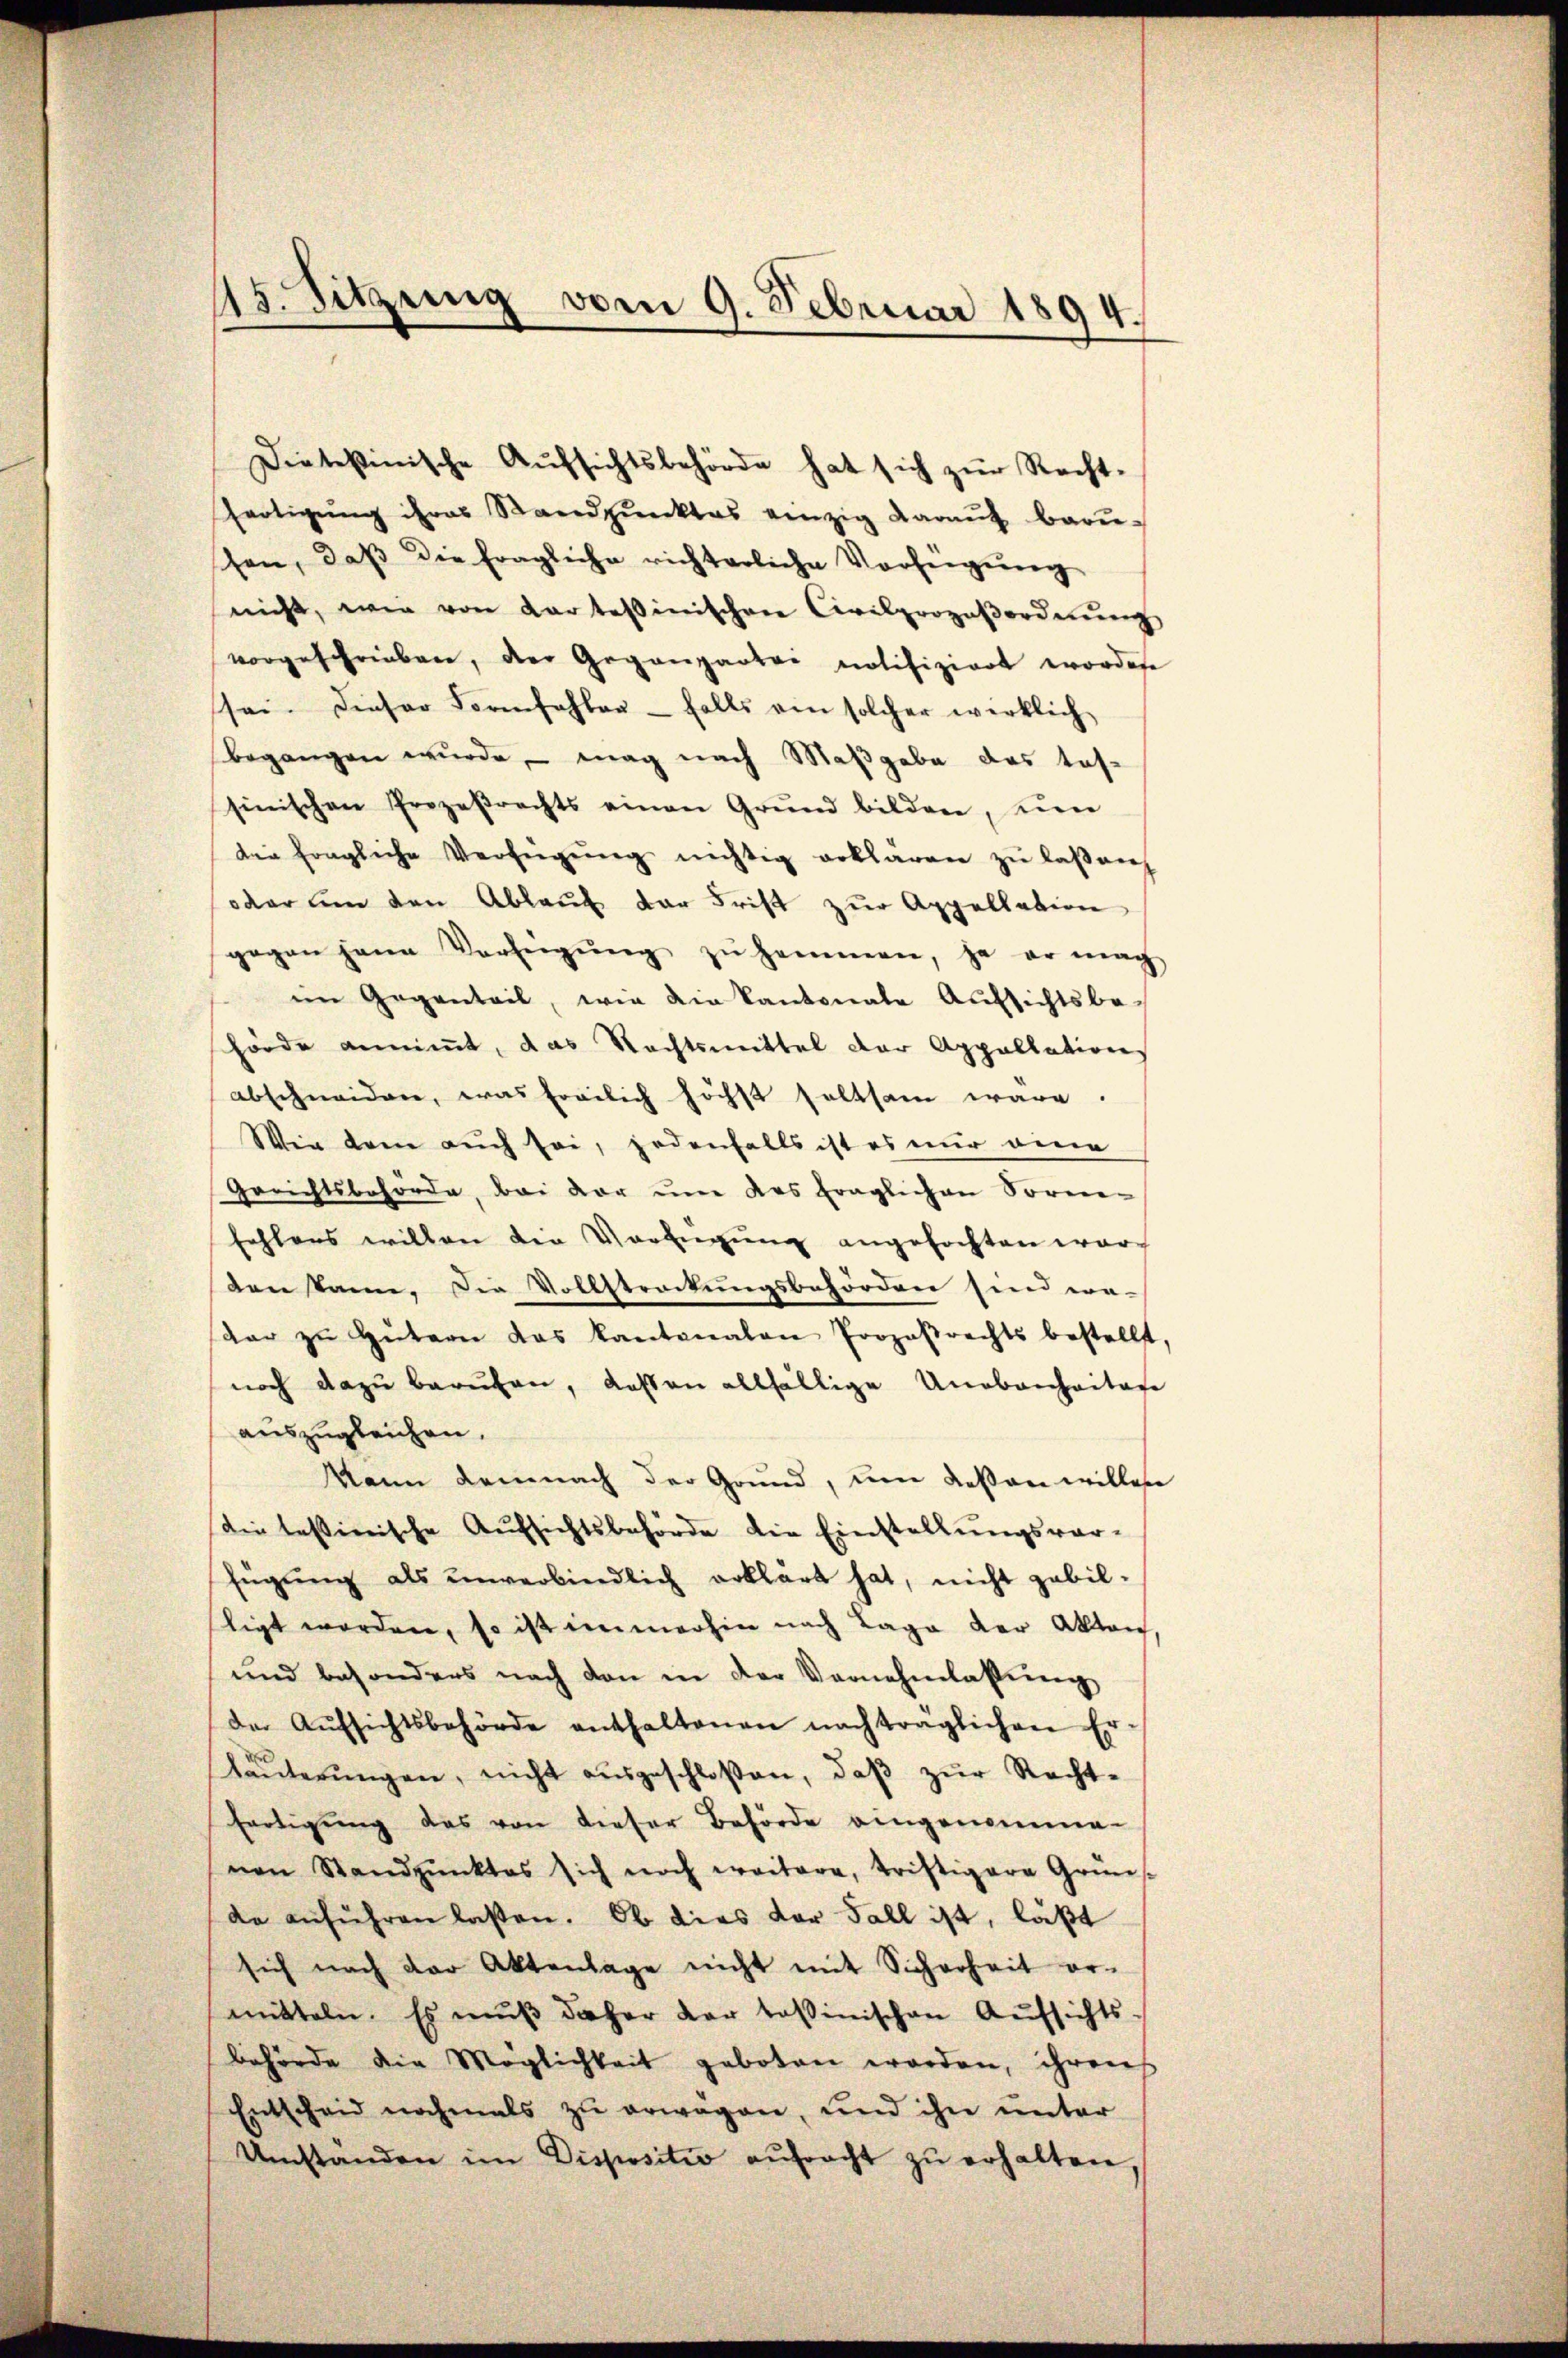
Dietestinische Aŭfsichtsbehörde hat sich zŭr Recht-
fertigŭng ihres Standpŭnktes einzig daraŭf baŭ-
schen, daβ die fragliche richterliche Vorfeigung
nicht, wie von Kartessinischen Civilprozeβordnŭng
vorgeschrieben, der Gegenpartei notifiziert wordene
sei. Dieser Formfehler - falls ein solcher wirklich
begangen wurde, – mag nach Maßgabe das taf-
sinischen Prozesrechts einen Grŭnd bilden, um
die fragliche Verfügŭng nichtig erklären zu laßen
oder um den Ablauf der Frist zur Appellation
gegen jene Verfeigŭng zŭ hammen, ja er mach
im Gegenteil, wie die Kantonale Aufsichtsbe-
hörde annimmt, das Rechtsmittel der Appellations
abschneiden, was freilich höchst seltsam wäre.
Wie dem auch sei, jedenfalls ist es nur dene
Gerichtsbehörde, bei der um das fraglichen Form-
fehlers willen die Verfügŭng angefochten war
ten kann, Die Vollstreckungsbehörden sind we-
dar zŭ Gütern das kantonalen Prozeβrechts bestellt,
noch dazu berufen, dassen allfällige Unabenheitere
auszugleichen.
Mann demnach der Grund, um dessen willen
die tessinische Aufsichtsbehörde die Einstellungsver-
fügung als unverbindlich erklärt hat, nicht gebil-
tigt worden, so ist immerhin nach Lage der Akten,
und besonders nach den in der Vornehmlassŭng
der Aŭfsichtsbehörde enthaltenen nachträglichen Er
läŭterŭngen, nicht aŭsgeschloßen, daβ zŭr Recht-
fertigung das von dieser Behörde eingenomme-
nen Standpŭnktes sich noch weitere, triftigere Grüns
de anführen lassen. Ob dies der Fall ist, läßt
sich nach der Aktenlage nicht mit Sicherheit er-
mitteln. Es muß daher dar toßinischen Aufsichts-
behörde die Möglichkeit geboten worden, ihren
Entscheid nochmals zu erwagen, und ihn unter
Umständen im Dispositiv aŭfracht zŭ erhalten,

15. Sitzung vom 9. Februar 1894.